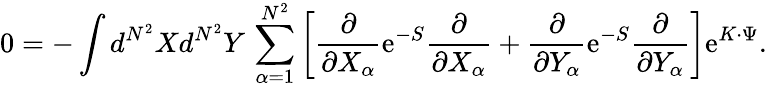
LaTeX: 0=-\int d^{N^{2}}Xd^{N^{2}}Y\, \sum_{\alpha=1}^{N^{2}}\left[\frac{\partial}{\partial X_{\alpha}}\mathrm{e}^{-S}\frac{\partial}{\partial X_{\alpha}}+\frac{\partial}{\partial Y_{\alpha}}\mathrm{e}^{-S}\frac{\partial}{\partial Y_{\alpha}}\right]\mathrm{e}^{K\cdot\Psi}.